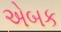
એબક